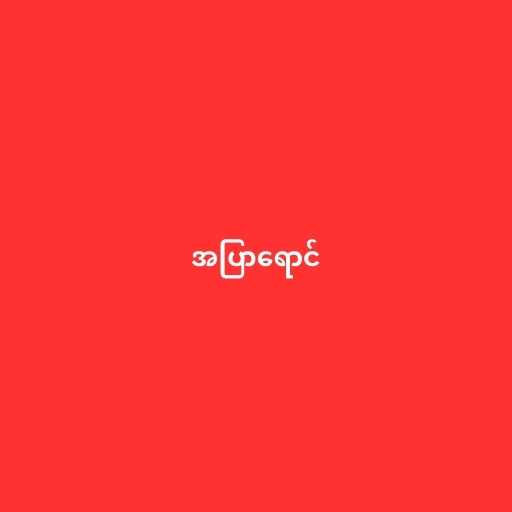
အပြာရောင်